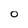
Character: O